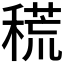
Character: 𥡃